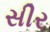
સીર